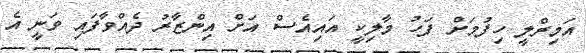
އަމިރްލީ ހިފުމަށް ފަހު މާލިކީ އައިއެސް އަށް އިންޒާރު ދެއްވާފައި ވަނީ އެ